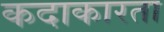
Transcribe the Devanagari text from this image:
कदाकारता